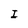
Character: I